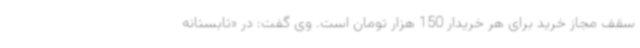
سقف مجاز خرید برای هر خریدار 150 هزار تومان است. وی گفت: در «تابستانه